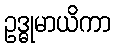
ဥဒ္ဓုမာယိကာ